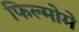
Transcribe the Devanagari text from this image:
फिल्मोमे